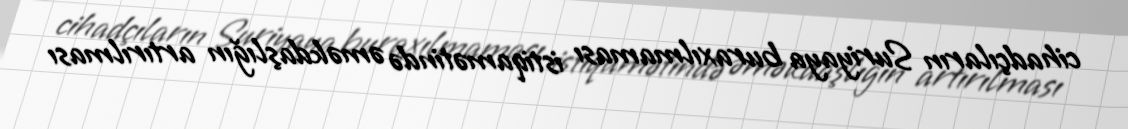
cihadçıların Suriyaya buraxılmaması istiqamətində əməkdaşlığın artırılması